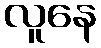
လူနေ